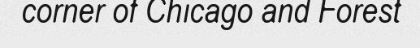
corner of Chicago and Forest